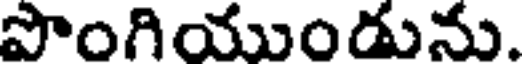
పొంగియుండును.